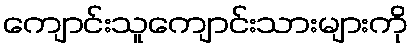
ကျောင်းသူကျောင်းသားများကို